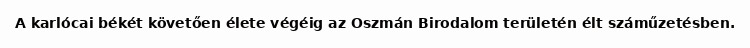
A karlócai békét követően élete végéig az Oszmán Birodalom területén élt száműzetésben.